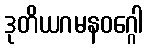
ဒုတိယဂမနဝဂ္ဂေါ